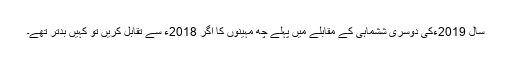
سال 2019ءکی دوسری ششماہی کے مقابلے میں پہلے چھ مہینوں کا اگر 2018ء سے تقابل کریں تو کہیں بدتر تھے۔